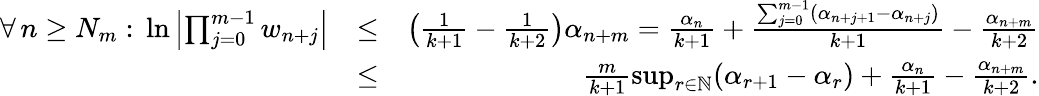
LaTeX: \begin{array}{rlr}{\forall\, n\geq N_{m}:\, \ln\left|\prod_{j=0}^{m-1}w_{n+j}\right|}&{\leq}&{\left(\frac{1}{k+1}-\frac{1}{k+2}\right)\alpha_{n+m}=\frac{\alpha_{n}}{k+1}+\frac{\sum_{j=0}^{m-1}(\alpha_{n+j+1}-\alpha_{n+j})}{k+1}-\frac{\alpha_{n+m}}{k+2}}\\ &{\leq}&{\frac{m}{k+1}\operatorname*{sup}_{r\in\mathbb{N}}(\alpha_{r+1}-\alpha_{r})+\frac{\alpha_{n}}{k+1}-\frac{\alpha_{n+m}}{k+2}.}\end{array}